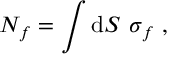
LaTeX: N _ { f } = \int \mathrm { d } S ~ \sigma _ { f } ~ ,